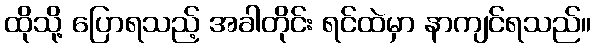
ထိုသို့ ပြောရသည့် အခါတိုင်း ရင်ထဲမှာ နာကျင်ရသည်။